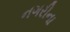
નગરીના